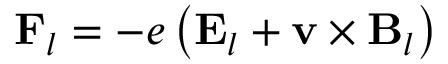
\mathbf { F } _ { l } = - e \left( \mathbf { E } _ { l } + \mathbf { v } \times \mathbf { B } _ { l } \right)